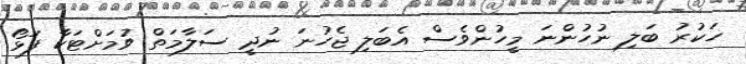
ހަކުރު ބަލި ނުހުންނަ މީހުންވެސް އެބަލި ޖެހުނަ ނުދީ ސަލާމަތް ވުމަށްޓަކާ ފަޅޯ